Rangoon Lunatic Asylum 1893-1897 - 1893-1897
Year: 1893
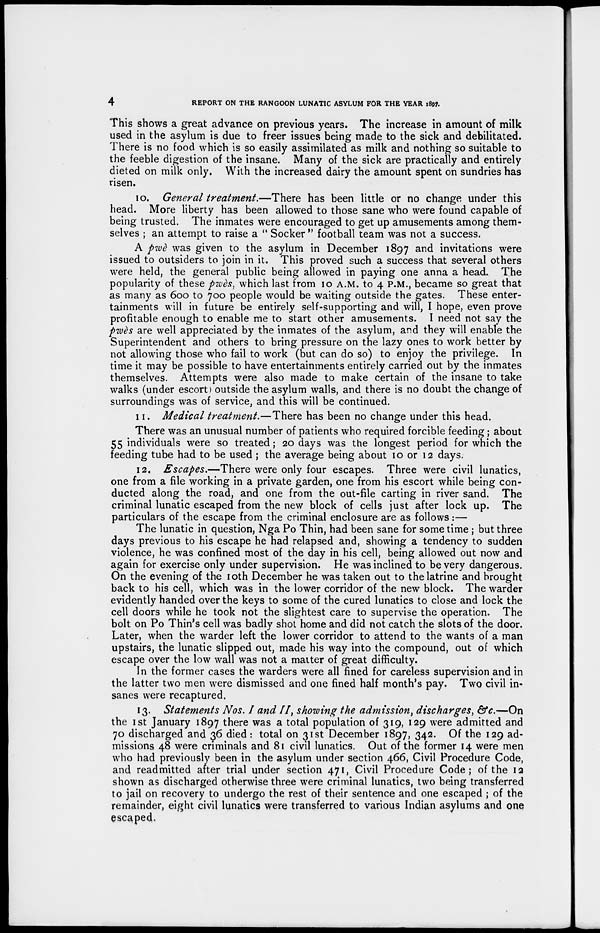
4
REPORT ON THE RANGOON LUNATIC ASYLUM FOR THE YEAR 1897.
This shows a great advance on previous years. The increase in amount of milk
used in the asylum is due to freer issues being made to the sick and debilitated.
There is no food which is so easily assimilated as milk and nothing so suitable to
the feeble digestion of the insane. Many of the sick are practically and entirely
dieted on milk only. With the increased dairy the amount spent on sundries has
risen.
10. General treatment.—There
has been little or no change under this
head. More liberty has been allowed to those sane who were found capable of
being trusted. The inmates were encouraged to get up amusements among them-
selves ; an attempt to raise a " Socker " football team was not a success.
A pwè was given to the asylum in December 1897 and invitations were
issued to outsiders to join in it. This proved such a success that several others
were held, the general public being allowed in paying one anna a head. The
popularity of these pwès, which last from 10 A.M. to 4 P.M., became so great that
as many as 600 to 700 people would be waiting outside the gates. These enter-
tainments will in future be entirely self-supporting and will, I hope, even prove
profitable enough to enable me to start other amusements. I need not say the
pwès are well appreciated by the inmates of the asylum, and they will enable the
Superintendent and others to bring pressure on the lazy ones to work better by
not allowing those who fail to work (but can do so) to enjoy the privilege. In
time it may be possible to have entertainments entirely carried out by the inmates
themselves. Attempts were also made to make certain of the insane to take
walks (under escort) outside the asylum walls, and there is no doubt the change of
surroundings was of service, and this will be continued.
11. Medical treatment.—There
has been no change under this head.
There was an unusual number of patients who required forcible feeding ; about
55 individuals were so treated; 20 days was the longest period for which the
feeding tube had to be used ; the average being about 10 or 12 days.
12. Escapes.—There were only four escapes. Three were civil lunatics,
one from a file working in a private garden, one from his escort while being con-
ducted along the road, and one from the out-file carting in river sand. The
criminal lunatic escaped from the new block of cells just after lock up. The
particulars of the escape from the criminal enclosure are as follows:—
The lunatic in question, Nga Po Thin, had been sane for some time ; but three
days previous to his escape he had relapsed and, showing a tendency to sudden
violence, he was confined most of the day in his cell, being allowed out now and
again for exercise only under supervision. He was inclined to be very dangerous.
On the evening of the 10th December he was taken out to the latrine and brought
back to his cell, which was in the lower corridor of the new block. The warder
evidently handed over the keys to some of the cured lunatics to close and lock the
cell doors while he took not the slightest care to supervise the operation. The
bolt on Po Thin's cell was badly shot home and did not catch the slots of the door.
Later, when the warder left the lower corridor to attend to the wants of a man
upstairs, the lunatic slipped out, made his way into the compound, out of which
escape over the low wall was not a matter of great difficulty.
In the former cases the warders were all fined for careless supervision and in
the latter two men were dismissed and one fined half month's pay. Two civil in-
sanes were recaptured.
13. Statements Nos. I and II, showing the admission, discharges, &c.—On
the 1st January 1897 there was a total population of 319, 129 were admitted and
70 discharged and 36 died : total on 31st December 1897, 342. Of the 129 ad-
missions 48 were criminals and 81 civil lunatics. Out of the former 14 were men
who had previously been in the asylum under section 466, Civil Procedure Code,
and readmitted after trial under section 471, Civil Procedure Code; of the 12
shown as discharged otherwise three were criminal lunatics, two being transferred
to jail on recovery to undergo the rest of their sentence and one escaped ; of the
remainder, eight civil lunatics were transferred to various Indian asylums and one
escaped.